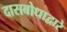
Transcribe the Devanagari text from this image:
दासबोधाद्वारे